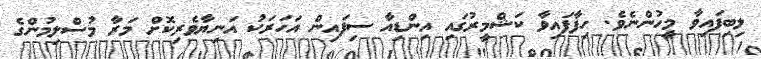
ލިބިފައިވާ މީހުންނެވެ. ހިފާފައިވާ ކަޝްމީރުގައި އިންޑިއާ ސިފައިން އަހަރަކު އަނިޔާވެރިކޮށް މަރާ މުސްލިމުންގެ